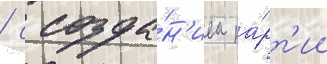
/ с созда́н'ием па́рт'ии